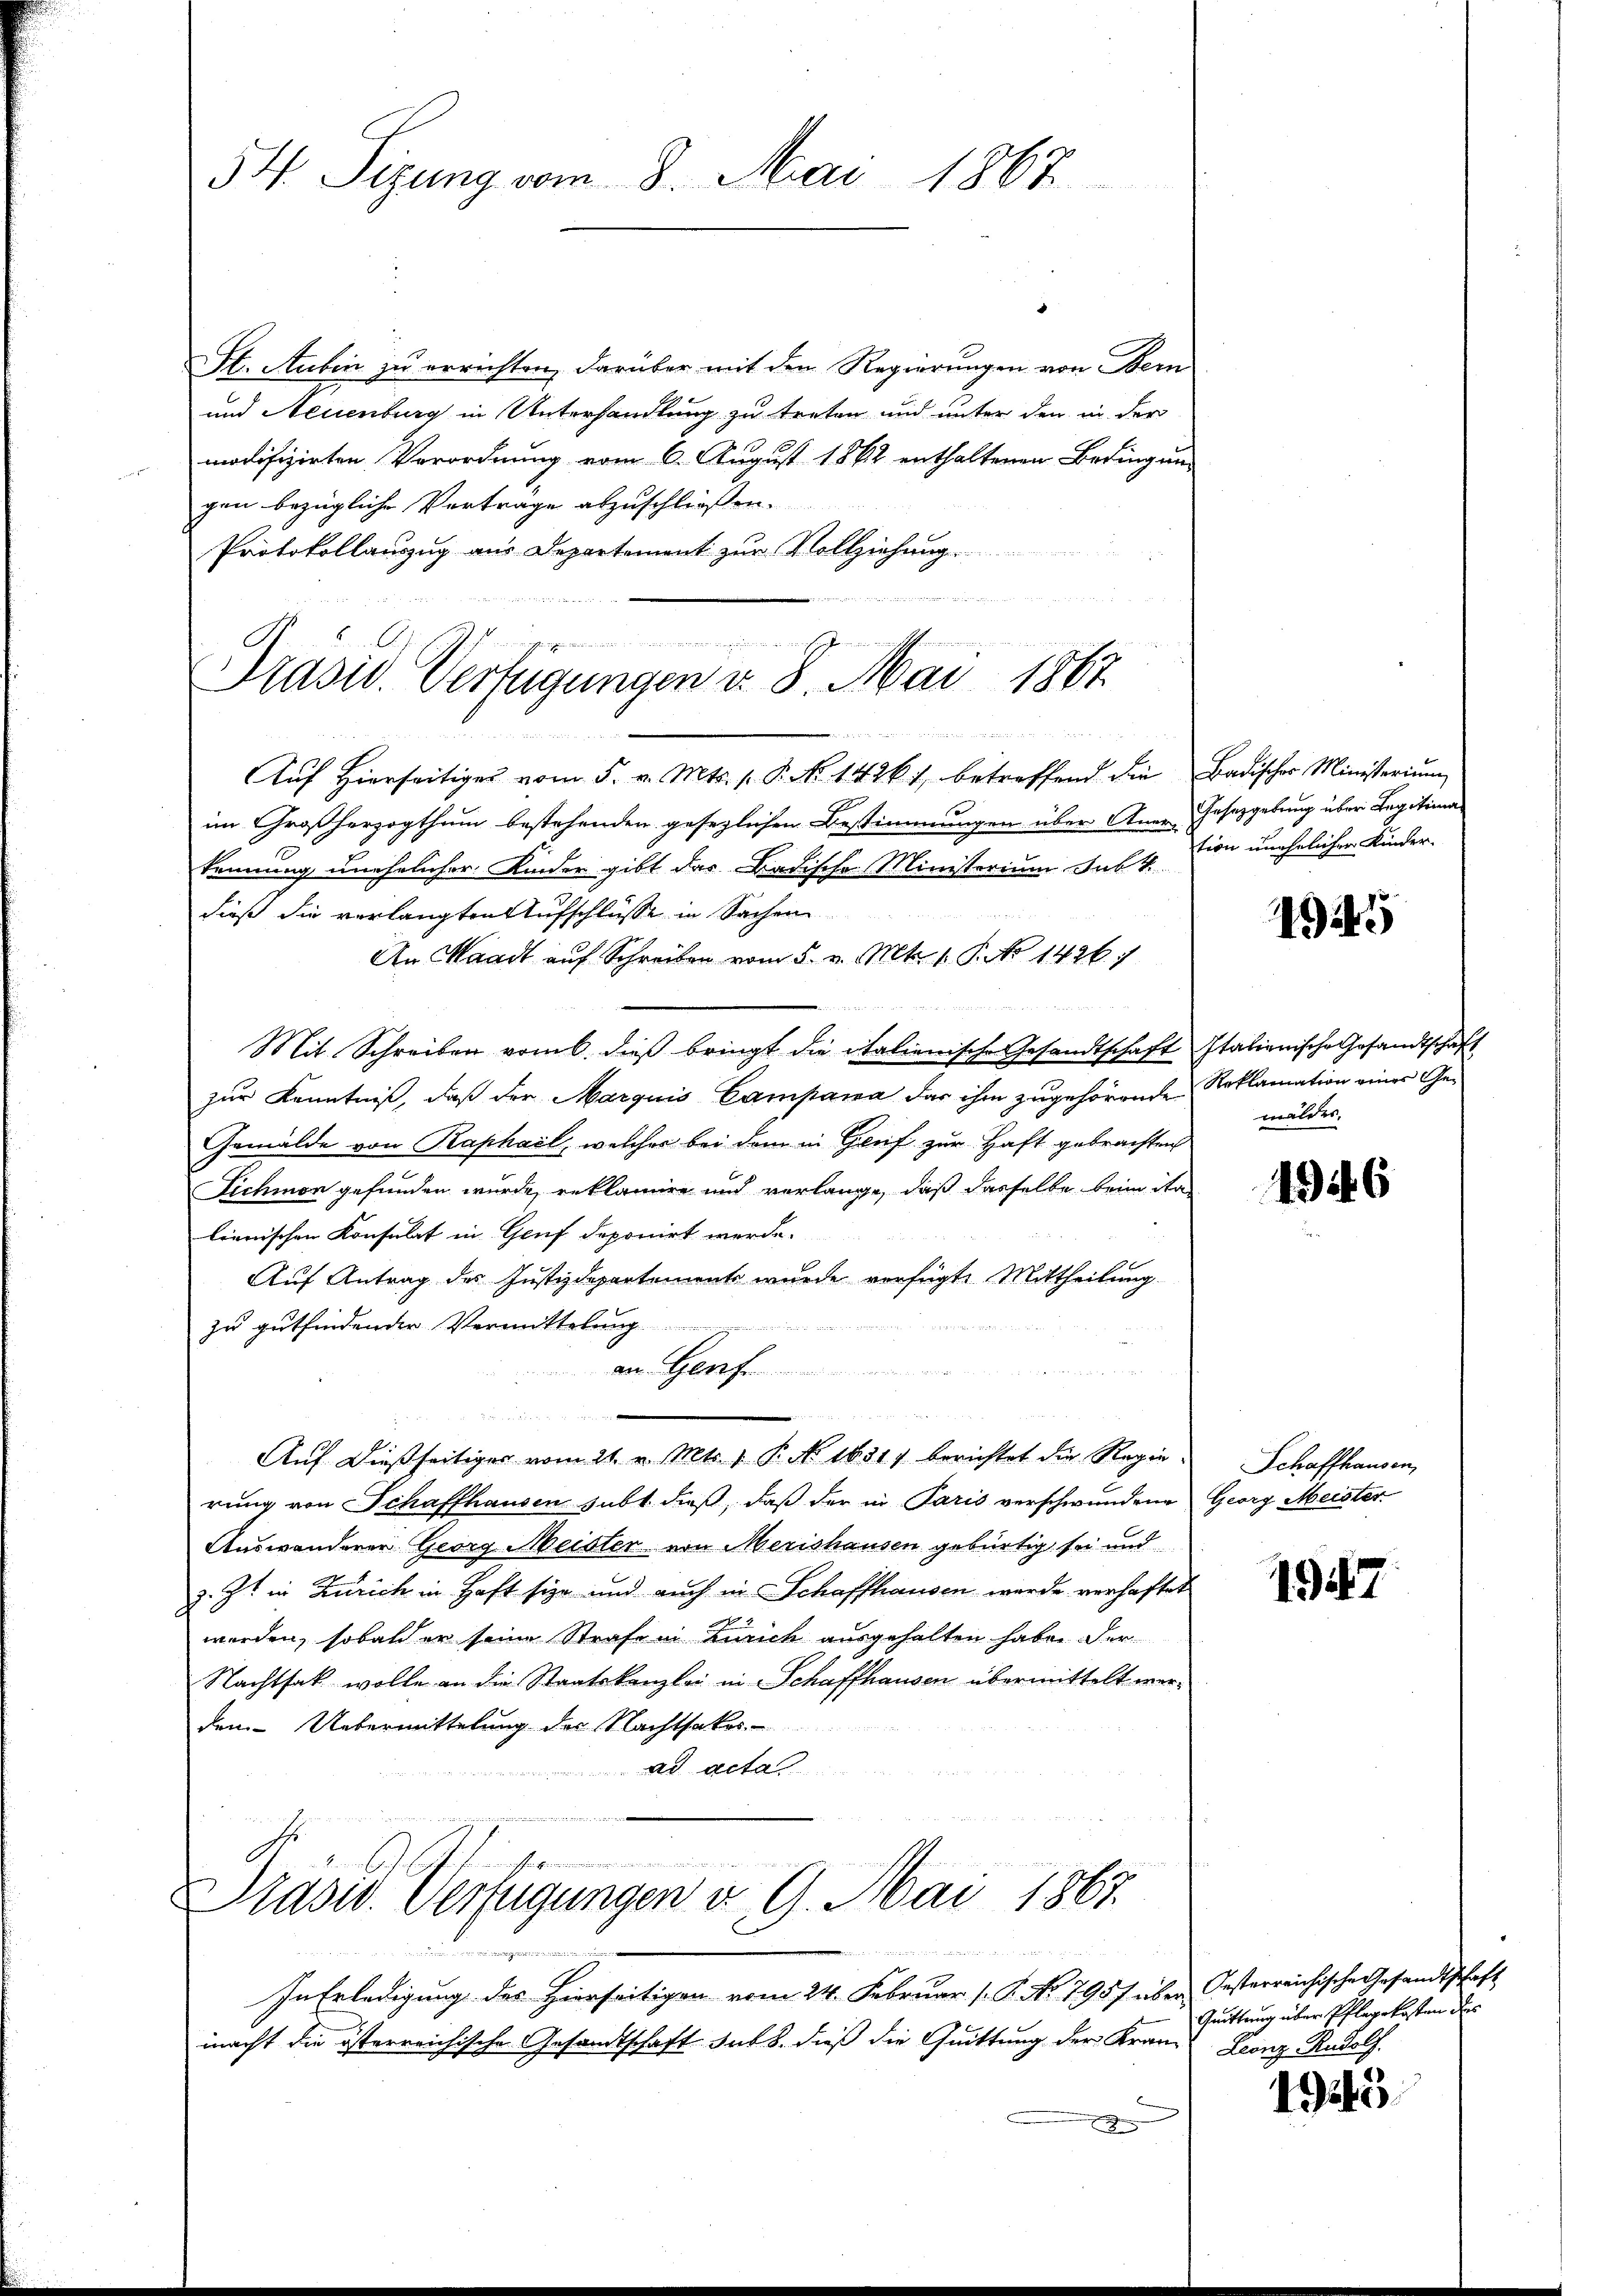
54. Sizung vom 8. Mai 1867

St. Aubin zu errichten, darüber mit den Regierungen von Bern
und Neuenburg in Unterhandlung zu treten und unter den in der
modifizirten Verordnung vom 6. August 1862 enthaltenen Bedingung
gen bezügliche Vorträge abzuschließen.
Protokollauszug aus Departement zur Vollziehung.
n

d
Aŭf Hierseitiges vom 5. v. Mts. 1. P. Nr. 1426 u. betreffend die Badischer Ministerium
im Großherzogthum bestehenden gesezlichen Bestimmungen über Aner-Gesetzgebung über Legitimakennung unehelicher Kinder gibt das Badische Ministerium sub. 4. tion unehelichen Kinder-
dieß die verlangten Aufschlüsse in Sachen
An Waadt auf Schreiben vom 5. v. Mts. 1. P. No 1426

25 des
 11884
Mit Schreiben vom 6. dieß bringt die italienische Gesandtschaft Italienische Gesandtschaft
zur Kenntniß, daß der Marquis Campana das ihm zugehörende Reklamation eines Ge¬
Gemälde von Kaphail, welcher bei dem in Gruf zur Haft gebrachten
Fichmon gefunden wurde, reklamire und verlange, daß dasselbe beim da
lienischen Konsulat in Gruf deponirt werde.
Auf Antrag des Justizdepartements wurde vorfügte Mittheilung
zu gutfindender Vermittelung
n
an
e
Auf dießseitiger vom 21. v. Mts. 1 P. No. 1851) berichtet die Regierung von Schaffhausen subt dieß, daß der in Paris verschwundene Georg Meister
Auswanderen Georg Meister von Merishausen gebürtig sei und
z. Zt. in Zürich in Haft sie und auch in Schaffhausen werde verhaftet
werden, sobald er seine Strafe in Zürich ausgehalten haben. Der
Nachtsak wolle an die Staatskanzlei in Schaffhausen übermittelt werden Uebermittelung der Nachtsakos
ad acta
Prasw. Verfügungen v. 9. Mai 1867.
n

u
In Erledigung des Hierseitigen vom 24. Februar (: P. No. 7957 über Oesterreichische Gesandtschaft
macht die österreichische Gesandtschaft sub 8. dieß die Quittung der Kranz Leonz Rudolf.
x

in meinen eingenden die in ihr gester
Präsid. Verfügungen v. 8. Mai 1867

49445

mäldes.

1946

Schaffhausen,

1947

1923

Quittung über Pflegekosten des